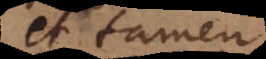
et tamen